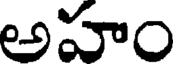
అహం